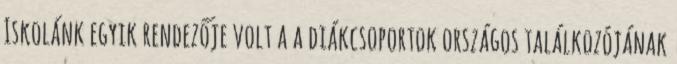
Iskolánk egyik rendezője volt a a diákcsoportok országos találkozójának